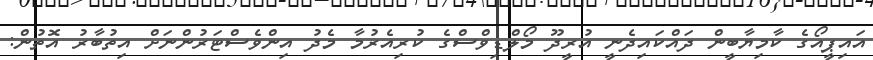
އައިޕީއޯގެ ކާމިޔާބީން ދައްކައިދެނީ އުރީދޫ މޯލްޑިވްސްގެ ކުރިއެރުމާ މެދު އިންވެސްޓަރުންނަށް އިތުބާރު އޮތުން: